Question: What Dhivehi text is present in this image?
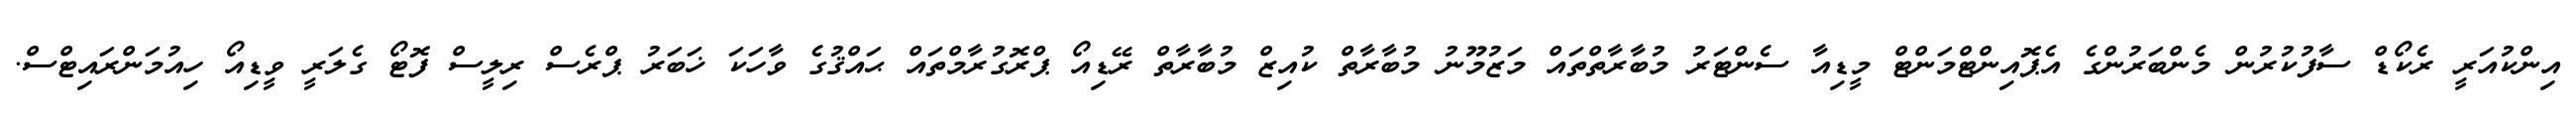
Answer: އިންކުއަރީ ރެކޯޑް ސާފުކުރުން މެންބަރުންގެ އެޕޮއިންޓްމަންޓް މީޑިއާ ސެންޓަރު މުބާރާތްތައް މަޒުމޫނު މުބާރާތް ކުއިޒް މުބާރާތް ރޭޑިއޯ ޕްރޮގުރާމްތައް ޙައްޤުގެ ވާހަކަ ޚަބަރު ޕްރެސް ރިލީސް ފޮޓޯ ގެލަރީ ވީޑިއޯ ހިއުމަންރައިޓްސް.